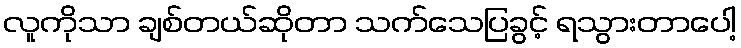
လူကိုသာ ချစ်တယ်ဆိုတာ သက်သေပြခွင့် ရသွားတာပေါ့